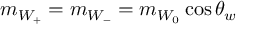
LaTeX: m _ { W _ { + } } = m _ { W _ { - } } = m _ { W _ { 0 } } \cos { \theta _ { w } }